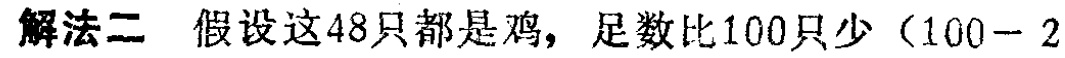
解法二 假设这48只都是鸡，足数比100只少（100 - 2